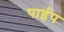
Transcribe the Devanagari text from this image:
पार्इप